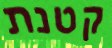
קטנת